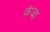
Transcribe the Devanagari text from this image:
फ्रेजा